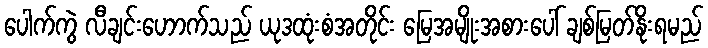
ပေါက်ကွဲ လီချင်းဟောက်သည် ယုဒထုံးစံအတိုင်း မြေအမျိုးအစားပေါ် ချစ်မြတ်နိုးရမည်